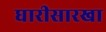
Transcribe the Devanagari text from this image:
घारीसारखा